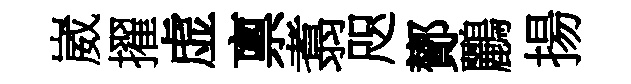
崴擢虚禀翥咫鄼鸝揚